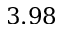
3 . 9 8